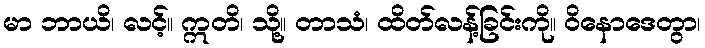
မာ ဘာယိ၊ လင့်။ ဣတိ၊ သို့။ တာသံ၊ ထိတ်လန့်ခြင်းကို။ ဝိနောဒေတွာ၊